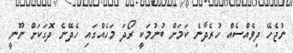
ނުޖެހޭ ދިވެއްސެއް ހުރެދާނެ ކަމަށް ބުނުމަކީ ރޯދަ މަހެއްގައި ހެދޭނެ ދޮގަކަށް ނޫނީ